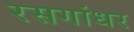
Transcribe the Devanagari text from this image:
रसगांधर